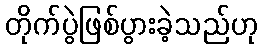
တိုက်ပွဲဖြစ်ပွားခဲ့သည်ဟု